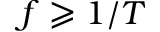
f \geqslant 1 / T